Vaccination United Provinces of Agra and Oudh 1914-1922 - 1914-1922
Year: 1914
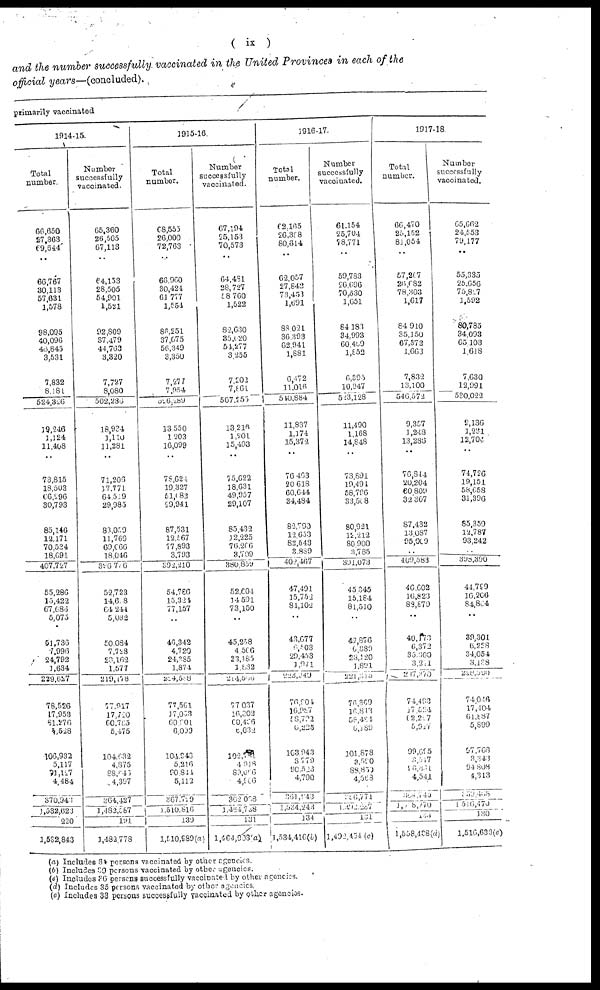
(ix )
and the number successfully vaccinated in the United Provinces in each of the
official years—(concluded).
primarily vaccinated
1914-15.
Total
number.
66,650
27 363
69,644
..
66,767
30,113
57,631
1,578
98,095
40,096
46,845
3,531
7,832
8,181
524,326
39,246
1,124
11,408
..
73,815
18,503
66,296
30,793
85,146
12,171
70,534
18,691
407,727
55,286
15,422
67,686
5,075
51,736
7,996
24,792
1,634
229,627
78,526
17,953
61,276
5,528
106,932
5,117
91,127
4,484
370,943
1,532,623
220
1,532,843
Number
successfully
vaccinated.
65,360
26,505
67,113
..
64,153
28,505
54,901
1,521
92,809
37,479
44,763
3,320
7,727
8,080
502,236
18,934
1,110
11,281
..
71,206
17,771
64,519
29,985
83,059
11,769
69,066
18,046
396,726
52,723
14,628
64,244
5,032
50,084
7,728
23,162
1,577
219,178
77,917
17,720
60,765
5,475
104,632
4,875
88,646
4,397
364,427
1,482,587
191
1,482,778
1915-16.
Total
number.
68,555
26,000
72,763
..
66,960
30,424
61,777
1,554
86,251
37,675
56,349
3,350
7,277
7,954
526,289
13,550
1,203
16,099
..
78,924
19,327
51,083
29,941
87,531
12,567
77,893
3,793
392,210
54,786
15,324
77,157
..
46,342
4,720
24,385
1,874
224,588
77,561
17,053
60,901
6,099
104,943
5,216
90,844
5,112
367,729
1,510,816
139
1,510,989(a)
Number
successfully
vaccinated.
67,194
25,153
70,573
..
64,491
28,727
58,760
1,522
82,630
35,620
54,277
3,255
7,202
7,861
507,255
13,216
1,201
15,493
..
75,622
18,631
49,057
29,107
85,432
12,225
76,206
3,709
380,859
52,604
14,591
73,150
..
45,258
4,506
23,185
1,832
224,586
77,037
16,302
60,426
6,032
102,789
4,918
89,066
4,906
362,038
1,464,738
131
1,464,903 (a)
1916-17.
Total
number.
62,165
26,338
80,614
..
62,057
27,842
73,453
1,691
88,021
36,393
62,941
1,881
6,472
11,016
540,884
11,837
1,174
15,372
..
76,463
20,618
60,644
34,484
82,790
12,633
82,543
3,889
402,467
47,491
15,752
84,102
..
43,677
6,503
29,453
1,971
228,949
76, 904
16,987
18,722
6,225
103,943
3,779
90,523
4,790
361,343
1,534,243
134
1,534,416(b)
Number
successfully
vaccinated.
61,154
25,704
78,771
..
59,783
26,696
70,530
1,651
84,183
34,993
60,469
1,852
6,395
10,947
523,128
11,490
1,168
14,848
..
73,891
19,491
58,796
33,508
80,921
12,212
80,900
3,785
391,073
45,345
15,184
81,510
..
42,876
6 389
23,120
1,891
221,315
76,369
16,813
58,484
6,189
101,878
3,590
88,859
4,568
316,771
1,492,287
131
1,492,454(c)
1917-18.
Total
number.
66,470
25,152
81,054
..
57,267
26,682
78,303
1,617
84,910
35,150
67,372
1,663
7,832
13,100
546,572
9,357
1,248
13,286
..
76,844
20,204
60,809
32,307
87,432
13,087
95,009
..
409,583
46,602
16,823
88,879
..
40,173
6,372
35,300
3,221
237,370
74,493
17,524
62,227
5,917
99,695
3,517
96,831
4,541
364,745
1,608,270
133
1,558,438(d)
Number
successfully
vaccinated.
65,662
24,553
79,177
..
55,335
25,656
75,827
1,592
80,785
34,093
65,103
1,618
7,630
12,991
530,022
9,136
1,231
12,704
..
74,726
19,151
58,658
31,396
85,359
12,787
93,242
..
398,390
44,799
16,206
84,864
..
39,301
6,228
34,054
3,138
228,590
74,046
17,404
61,887
5,899
97,768
3,343
94,808
4,313
359,458
1,516,470
130
l,516,633(c)
(a) Includes 34 persons vaccinated by other agencies.
(b) Includes 39 persons vaccinated by other agencies.
(c) Includes 36 persons successfully vaccinated by other agencies.
(d) Includes 35 persons vaccinated by other agencies.
(e) Includes 33 persons successfully vaccinated by other agencies.